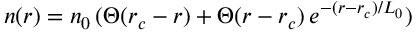
n ( r ) = n _ { 0 } \, ( \Theta ( r _ { c } - r ) + \Theta ( r - r _ { c } ) \, e ^ { - ( r - r _ { c } ) / L _ { 0 } } )